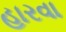
હારવા